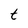
Character: t